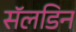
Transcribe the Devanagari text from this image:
सॅलडिन